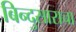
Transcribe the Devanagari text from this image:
बिन्दुसाराचा